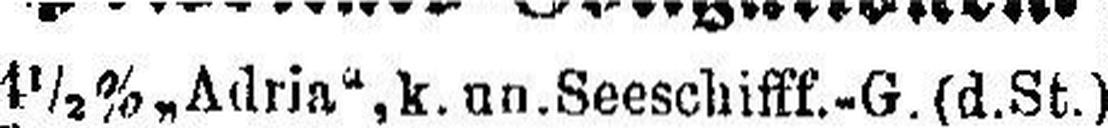
1 ½% „Adria“, k. un. Seeschifff.-G. (d. St.)